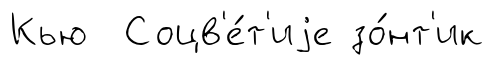
Кью Соцв'е́т'иjе зо́нт'ик